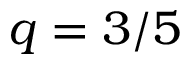
q = 3 / 5